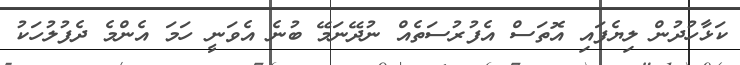
ކަޅާހުދުން ލިޔެފައި އޮތަސް އެފުރުސަތެއް ނުދޭނަމޭ ބުނެ އެވަނީ ހަމަ އެންމެ ދެފުލުހަކު